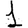
Digit: 1